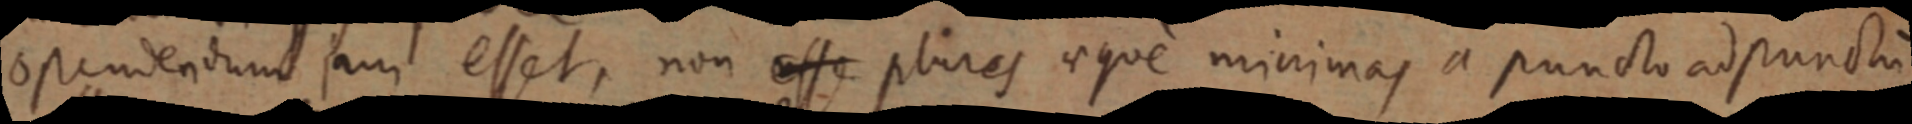
osendendum jam esset, non esse plures aque minimas a puncto ad punctum